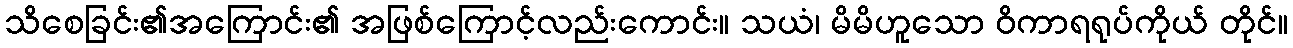
သိစေခြင်း၏အကြောင်း၏ အဖြစ်ကြောင့်လည်းကောင်း။ သယံ၊ မိမိဟူသော ဝိကာရရုပ်ကိုယ် တိုင်။